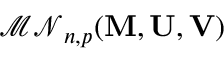
{ \mathcal { M N } } _ { n , p } ( \mathbf { M } , \mathbf { U } , \mathbf { V } )